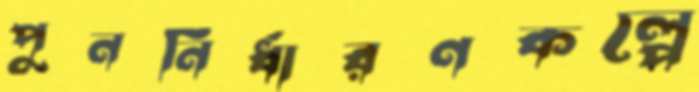
পুনর্নির্ধারণকল্পে